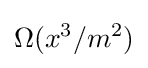
\Omega (x^{3}/m^{2})